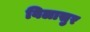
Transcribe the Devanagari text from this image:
विलासुर